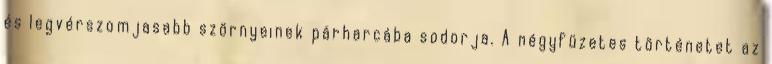
és legvérszomjasabb szörnyeinek párharcába sodorja. A négyfüzetes történetet az